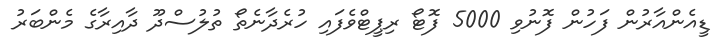
ޑީއެންއާރުން ފަހުން ފޮނުވި 5000 ފޮޓޯ ރިޕީޓްވެފައި ހުރެދާނެތޯ ތުލުސްދޫ ދާއިރާގެ މެންބަރު